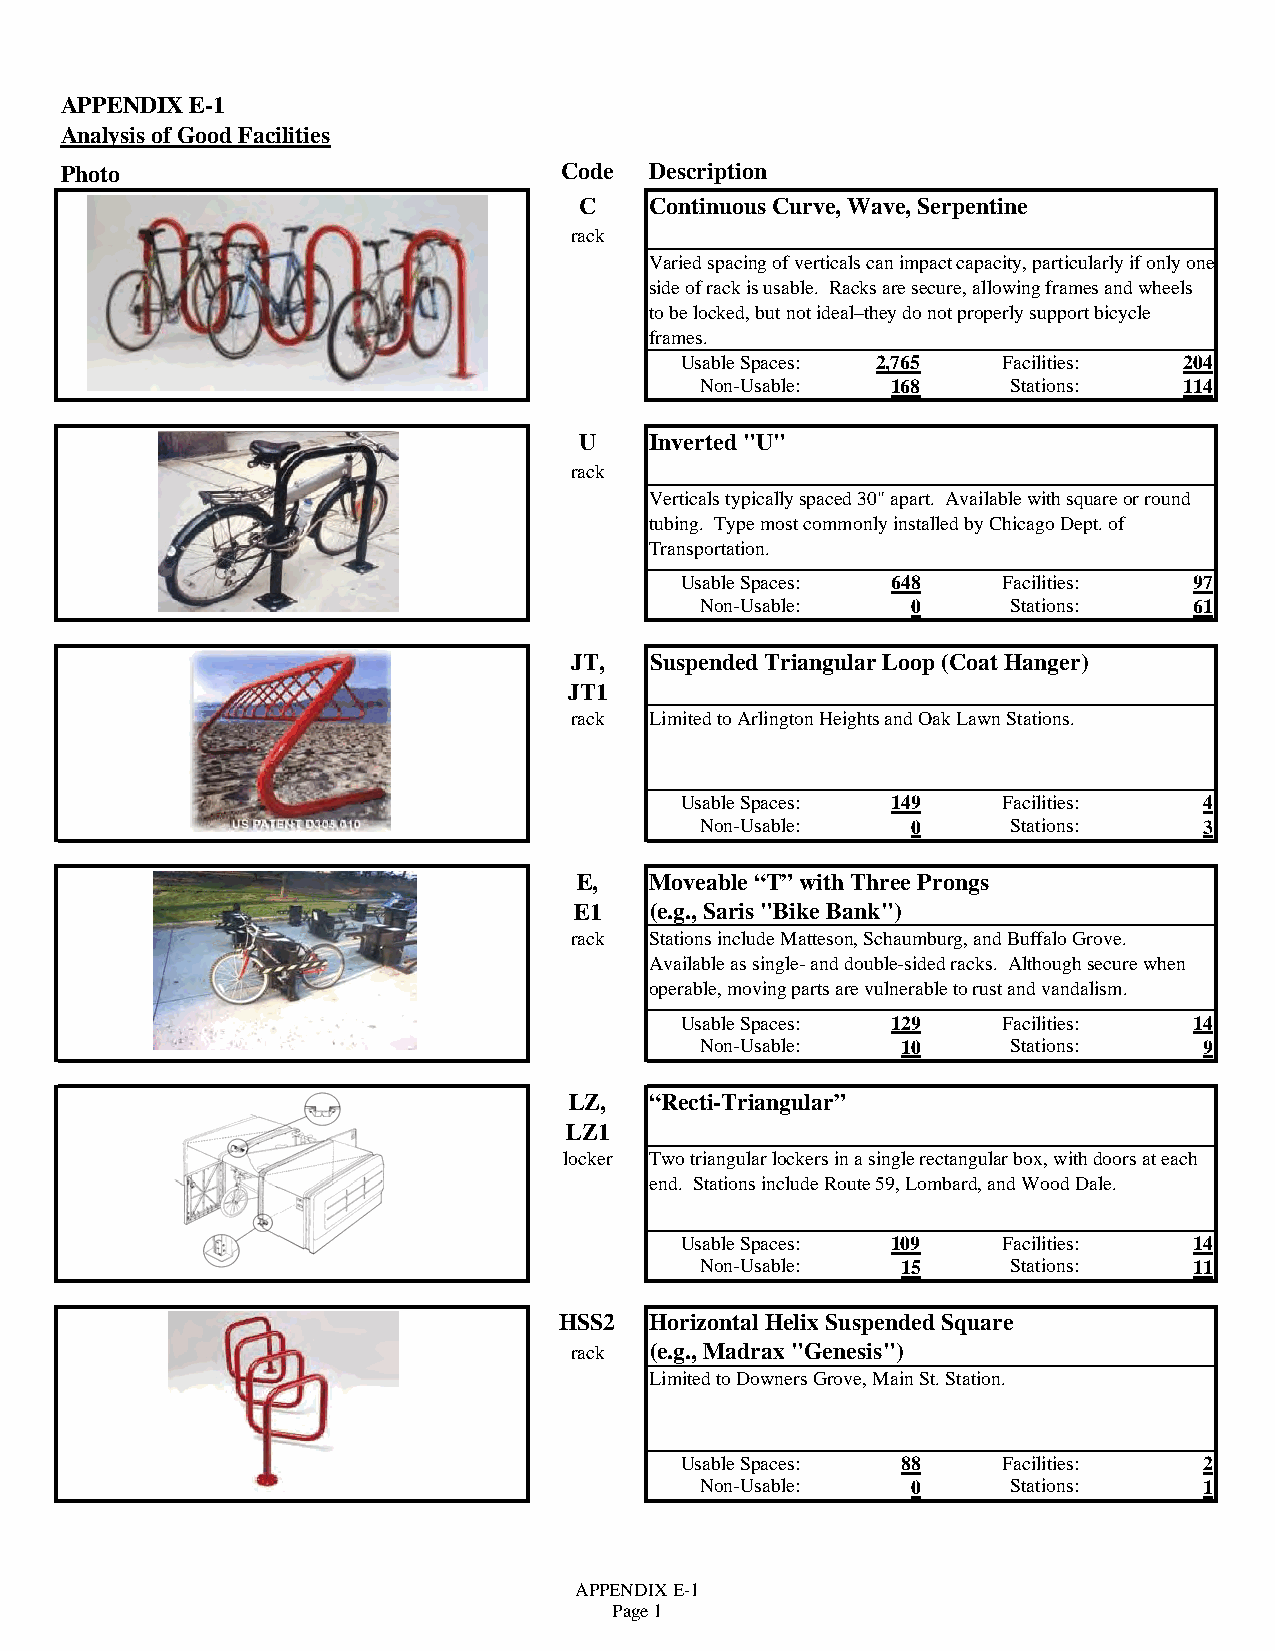
APPENDIX E-1
 Analysis of Good Facilities
 Photo                            Code  Description
 C    Continuous Curve, Wave, Serpentine
 rack
 Varied spacing of verticals can impact capacity, particularly if only one
 side of rack is usable. Racks are secure, allowing frames and wheels
 to be locked, but not ideal–they do not properly support bicycle
 frames.
 Usable Spaces: 2,765 Facilities: 204
 Non-Usable:  168     Stations:  114
 U    Inverted "U"
 rack
 Verticals typically spaced 30" apart. Available with square or round
 tubing. Type most commonly installed by Chicago Dept. of
 Transportation.
 Usable Spaces: 648   Facilities:  97
 Non-Usable:   0      Stations:   61
 JT,  Suspended Triangular Loop (Coat Hanger)
 JT1
 rack Limited to Arlington Heights and Oak Lawn Stations.
 Usable Spaces: 149   Facilities:   4
 Non-Usable:   0      Stations:    3
 E,   Moveable “T” with Three Prongs
 E1   (e.g., Saris "Bike Bank")
 rack Stations include Matteson, Schaumburg, and Buffalo Grove.
 Available as single- and double-sided racks. Although secure when
 operable, moving parts are vulnerable to rust and vandalism.
 Usable Spaces: 129   Facilities:  14
 Non-Usable:   10     Stations:    9
 LZ,  “Recti-Triangular”
 LZ1
 locker Two triangular lockers in a single rectangular box, with doors at each
 end. Stations include Route 59, Lombard, and Wood Dale.
 Usable Spaces: 109   Facilities:  14
 Non-Usable:   15     Stations:   11
 HSS2  Horizontal Helix Suspended Square
 rack (e.g., Madrax "Genesis")
 Limited to Downers Grove, Main St. Station.
 Usable Spaces: 88    Facilities:   2
 Non-Usable:   0      Stations:    1
 APPENDIX E-1
 Page 1